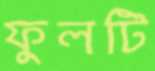
ফুলটি